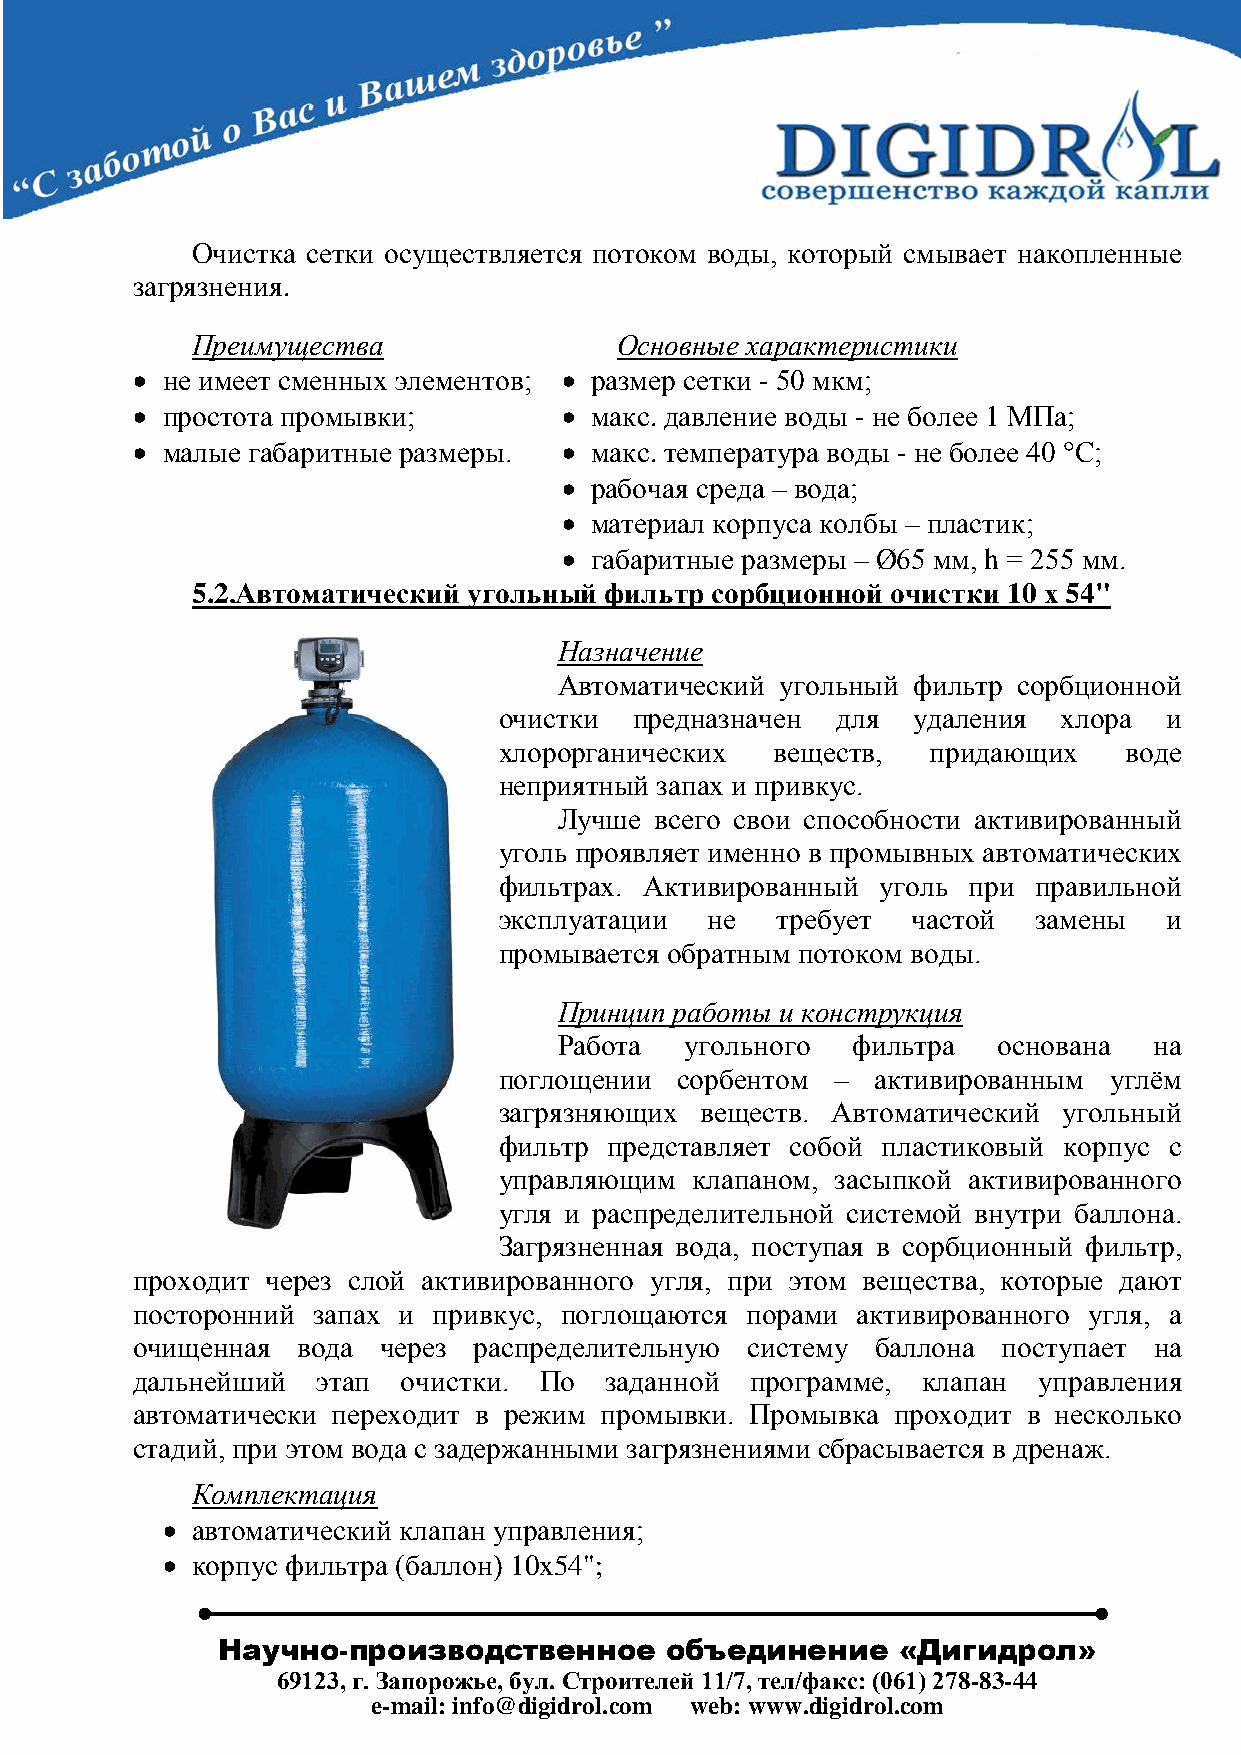
Очистка сетки осуществляется потоком воды, который смывает накопленные
 загрязнения.
 Преимущества                Основные характеристики
 • не имеет сменных элементов; • размер сетки - 50 мкм;
 • простота промывки;        • макс. давление воды - не более 1 МПа;
 • малые габаритные размеры. • макс. температура воды - не более 40 °С;
 • рабочая среда – вода;
 • материал корпуса колбы – пластик;
 • габаритные размеры – Ø65 мм, h = 255 мм.
 5.2.Автоматический угольный фильтр сорбционной очистки 10 х 54"
 Назначение
 Автоматический угольный фильтр сорбционной
 очистки  предназначен для  удаления  хлора  и
 хлорорганических  веществ,   придающих   воде
 неприятный запах и привкус.
 Лучше всего свои способности активированный
 уголь проявляет именно в промывных автоматических
 фильтрах. Активированный уголь при  правильной
 эксплуатации  не  требует  частой   замены  и
 промывается обратным потоком воды.
 Принцип работы и конструкция
 Работа  угольного  фильтра   основана  на
 поглощении  сорбентом –  активированным углём
 загрязняющих веществ. Автоматический угольный
 фильтр представляет собой пластиковый корпус с
 управляющим  клапаном, засыпкой активированного
 угля и распределительной системой внутри баллона.
 Загрязненная вода, поступая в сорбционный фильтр,
 проходит через слой активированного угля, при этом вещества, которые дают
 посторонний запах и привкус, поглощаются порами активированного угля, а
 очищенная  вода через распределительную систему  баллона поступает на
 дальнейший  этап  очистки. По  заданной  программе, клапан  управления
 автоматически переходит в режим промывки. Промывка проходит в несколько
 стадий, при этом вода с задержанными загрязнениями сбрасывается в дренаж.
 Комплектация
 • автоматический клапан управления;
 • корпус фильтра (баллон) 10х54";
 Научно-производственное       объединение    «Дигидрол»
 69123, г. Запорожье, бул. Строителей 11/7, тел/факс: (061) 278-83-44
 e-mail: info@digidrol.com web: www.digidrol.com